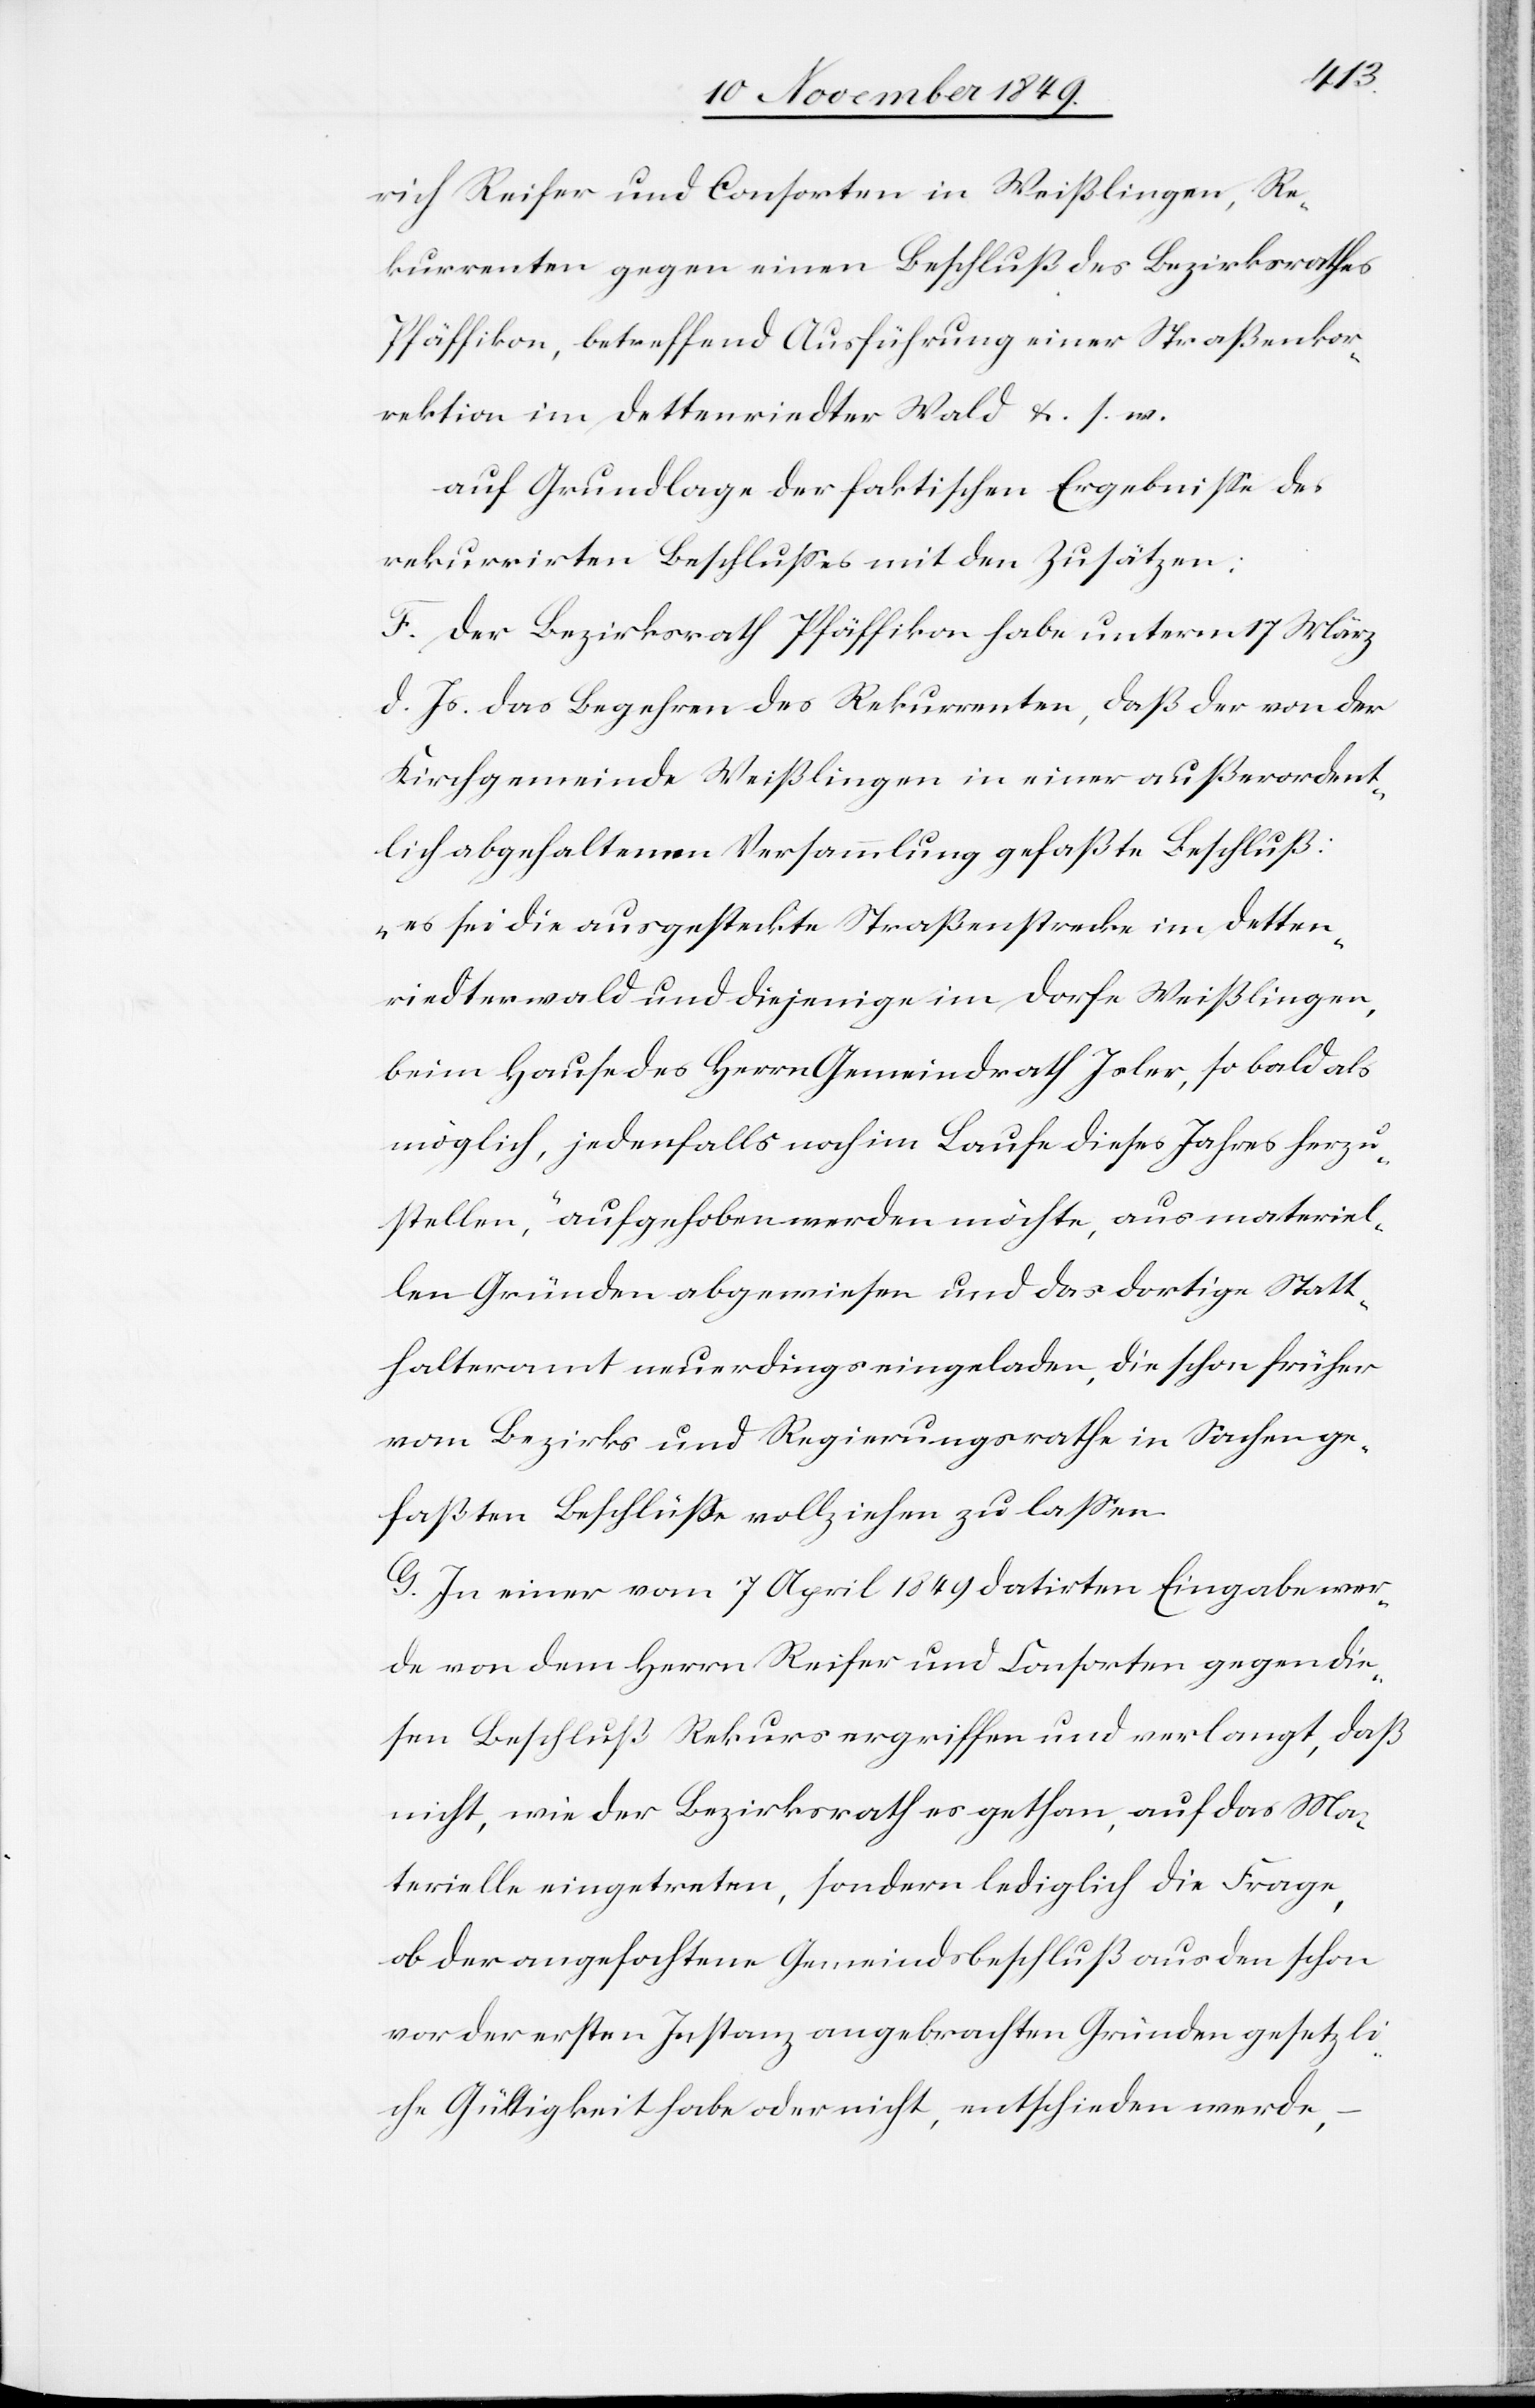
rich Reifer und Consorten in Weißlingen, Re¬
kurrenten gegen einen Beschluß des Bezirksrathes
Pfäffikon, betreffend Ausführung einer Straßenkor¬
rektion im Dettenriedter Wald u. s. w.
auf Grundlage der faktischen Ergebniße des
rekurrirten Beschlußes mit den Zusätzen:
F. Der Bezirksrath Pfäffikon habe unterm 17 März
d. Js. das Begehren des Rekurrenten, daß der von der
Kirchgemeinde Weißlingen in einer außerordent¬
lich abgehaltenen Versammlung gefaßte Beschluß:
„es sei die ausgesteckte Straßenstrecke im Detten¬
riedterwald und diejenige im Dorfe Weißlingen,
beim Hause des Herrn Gemeindrath Isler, so bald als
möglich, jedenfalls noch im Laufe dieses Jahres herzu¬
stellen“, aufgehoben werden möchte, aus materiel¬
len Gründen abgewiesen und das dortige Statt¬
halteramt neuerdings eingeladen, die schon früher
vom Bezirks und Regierungsrathe in Sachen ge¬
faßten Beschlüße vollziehen zu laßen.
G. In einer vom 7 April 1849 datirten Eingabe wer¬
de von dem Herrn Reifer und Consorten gegen die¬
sen Beschluß Rekurs ergriffen und verlangt, daß
nicht, wie der Bezirksrath es gethan, auf das Ma¬
terielle eingetreten, sondern lediglich die Frage,
ob der angefochtene Gemeindsbeschluß aus den schon
vor der ersten Instanz angebrachten Gründen gesetzli¬
che Gültigkeit habe oder nicht, entschieden werde,